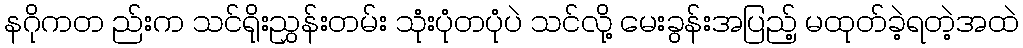
နဂိုကတ ည်းက သင်ရိုးညွှန်းတမ်း သုံးပုံတပုံပဲ သင်လို့ မေးခွန်းအပြည့် မထုတ်ခဲ့ရတဲ့အထဲ